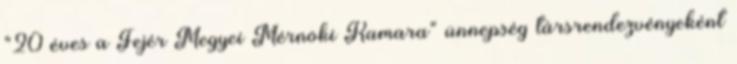
"20 éves a Fejér Megyei Mérnöki Kamara" ünnepség társrendezvényeként